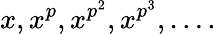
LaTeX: x,x^{p},x^{p^{2}},x^{p^{3}},\ldots.